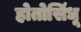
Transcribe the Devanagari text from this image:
होतोसिंधू